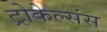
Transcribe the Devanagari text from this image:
ट्रोकेल्संस